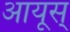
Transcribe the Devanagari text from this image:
आयूस्‌